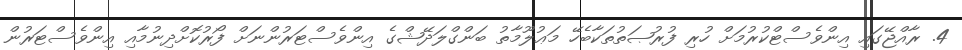
4. ރާއްޖޭގައި އިންވެސްޓްކުރުމަށް ހުރި ފުރުޞަތުތަކާބެހޭ މަޢުލޫމާތު ބަންގްލަދޭޝްގެ އިންވެސްޓަރުންނަށް ފޯރުކޮށްދިނުމާއި އިންވެސްޓަރުން